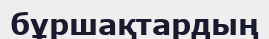
бұршақтардың